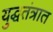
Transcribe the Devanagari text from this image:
युद्धतंत्रात